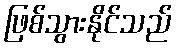
ဖြစ်သွားနိုင်သည်